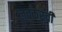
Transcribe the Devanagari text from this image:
लवकरची